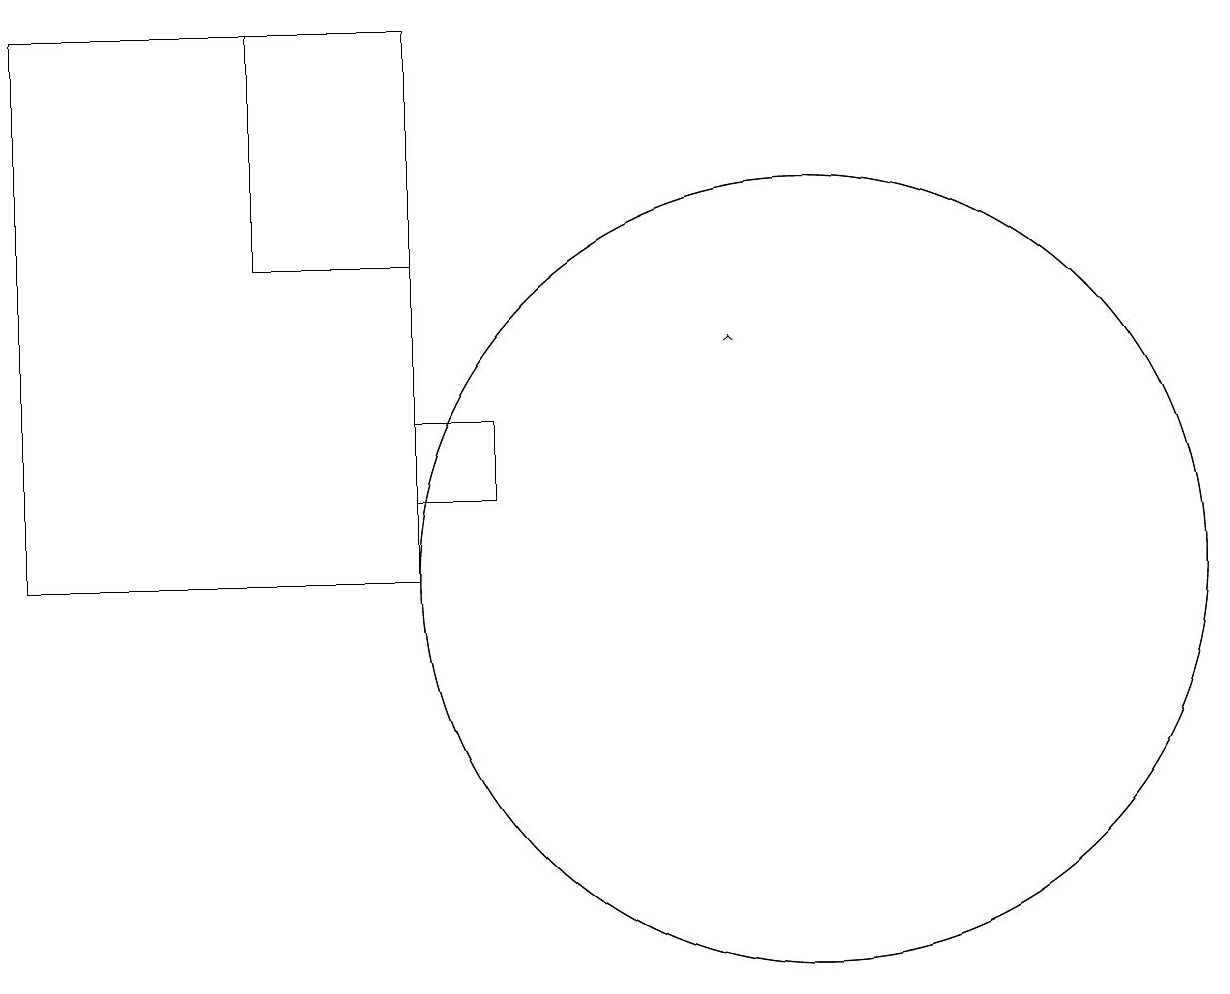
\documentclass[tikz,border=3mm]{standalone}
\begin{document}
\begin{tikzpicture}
\draw (10,11) circle (5);
\draw (5,11) rectangle (0,18);
\draw (5,12) rectangle (6,13);
\draw (3,15) rectangle (5,18);
\draw[->] (9,14) -- (9,14);
\draw (10,11) circle (5);
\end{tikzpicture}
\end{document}